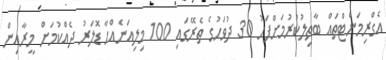
އެގްރިމަންޓްތައް ބާތިލުކުރުމަށްފަހު 30 ދުވަހުގެ ތެރޭގައި 100 މިލިއަނެއްހާ ޑޮލަރު ދެއްކުމަށް މީރާއިން